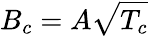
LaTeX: B_{c}=A\sqrt{T_{c}}